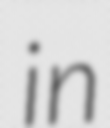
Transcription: in